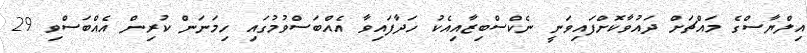
އިލްޔާސްގެ މައްޗަށް ދައުވާކޮށްފައިވަނީ ނެކްސްބިޒާއިއެކު ހަދާފައިވާ އެއްބަސްވުމުގައި ހިމަނަން ކުރިން އެއްބަސްވި 29